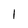
Character: 1